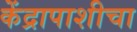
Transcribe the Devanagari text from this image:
केंद्रापाशीचा